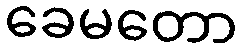
ခေမတော